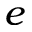
e